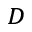
_ D